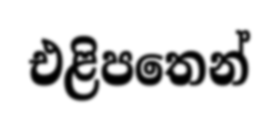
එළිපතෙන්